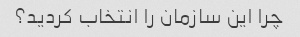
چرا این سازمان را انتخاب کردید؟